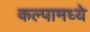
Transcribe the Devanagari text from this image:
कल्पामध्ये